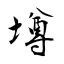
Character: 墫